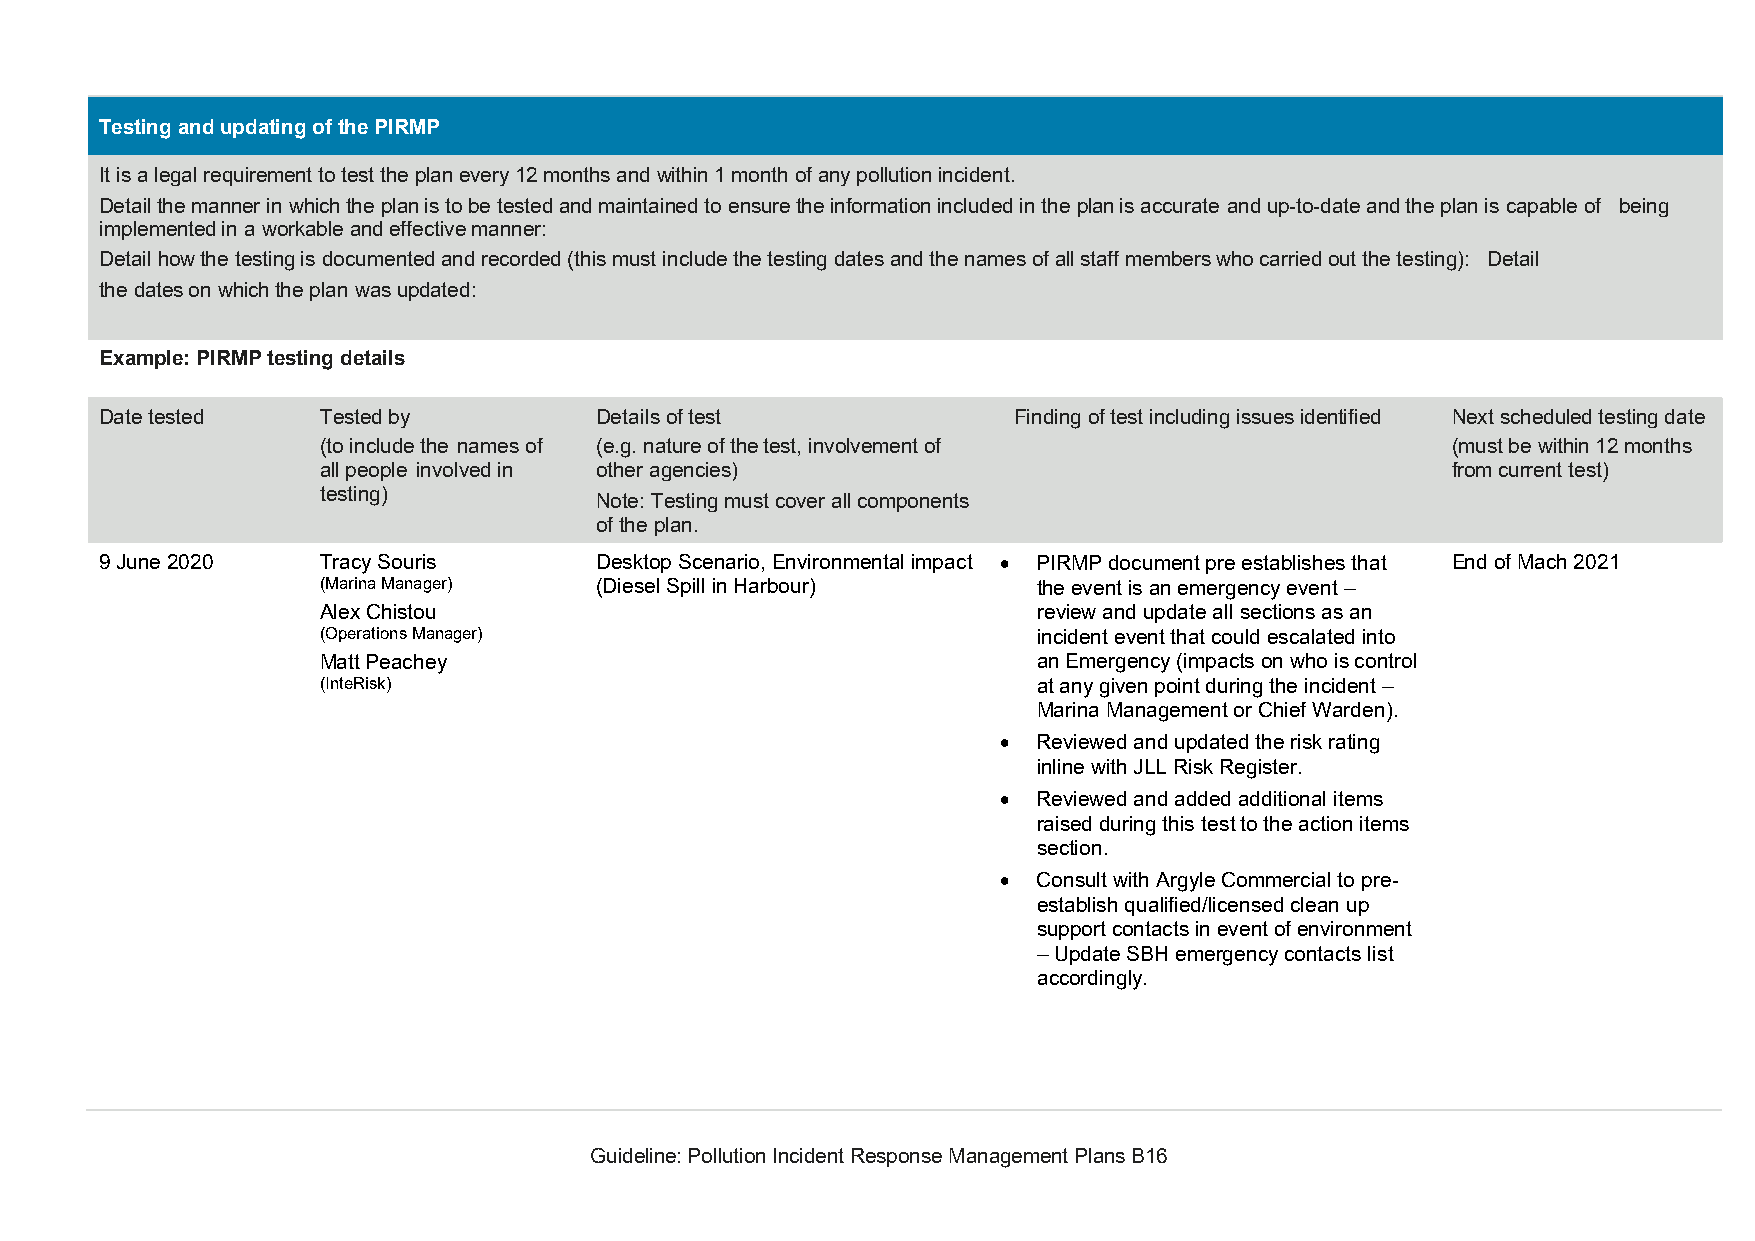
Testing and updating of the PIRMP
 It is a legal requirement to test the plan every 12 months and within 1 month of any pollution incident.
 Detail the manner in which the plan is to be tested and maintained to ensure the information included in the plan is accurate and up-to-date and the plan is capable of being
 implemented in a workable and effective manner:
 Detail how the testing is documented and recorded (this must include the testing dates and the names of all staff members who carried out the testing): Detail
 the dates on which the plan was updated:
 Example: PIRMP testing details
 Date tested   Tested by         Details of test             Finding of test including issues identified Next scheduled testing date
 (to include the names of (e.g. nature of the test, involvement of          (must be within 12 months
 all people involved in other agencies)                                     from current test)
 testing)
 Note: Testing must cover all components
 of the plan.
 9 June 2020   Tracy Souris      Desktop Scenario, Environmental impact  PIRMP document pre establishes that End of Mach 2021
 (Marina Manager)  (Diesel Spill in Harbour)     the event is an emergency event –
 Alex Chistou                                    review and update all sections as an
 (Operations Manager)                            incident event that could escalated into
 Matt Peachey                                    an Emergency (impacts on who is control
 (InteRisk)                                      at any given point during the incident –
 Marina Management or Chief Warden).
   Reviewed and updated the risk rating
 inline with JLL Risk Register.
   Reviewed and added additional items
 raised during this test to the action items
 section.
   Consult with Argyle Commercial to pre-
 establish qualified/licensed clean up
 support contacts in event of environment
 – Update SBH emergency contacts list
 accordingly.
 Guideline: Pollution Incident Response Management Plans B16